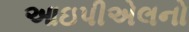
આઇપીએલનો